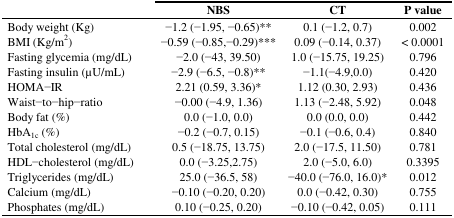
<table><thead><tr><td></td><td><b>NBS</b></td><td><b>CT</b></td><td><b>P value</b></td></tr></thead><tbody><tr><td>Body weight (Kg)</td><td>−1.2 (−1.95, −0.65)**</td><td>0.1 (−1.2, 0.7)</td><td>0.002</td></tr><tr><td>BMI (Kg/m<sup>2</sup>)</td><td>−0.59 (−0.85, −0.29)***</td><td>0.09 (−0.14, 0.37)</td><td>&lt; 0.0001</td></tr><tr><td>Fasting glycemia (mg/dL)</td><td>−2.0 (−43, 39.50)</td><td>1.0 (−15.75, 19.25)</td><td>0.796</td></tr><tr><td>Fasting insulin (μU/mL)</td><td>−2.9 (−6.5, −0.8)**</td><td>−1.1 (−4.9,0.0)</td><td>0.420</td></tr><tr><td>HOMA−IR</td><td>2.21 (0.59, 3.36)*</td><td>1.12 (0.30, 2.93)</td><td>0.436</td></tr><tr><td>Waist−to−hip−ratio</td><td>−0.00 (−4.9, 1.36)</td><td>1.13 (−2.48, 5.92)</td><td>0.048</td></tr><tr><td>Body fat (%)</td><td>0.0 (−1.0, 0.0)</td><td>0.0 (0.0, 0.0)</td><td>0.442</td></tr><tr><td>HbA<sub>1c</sub> (%)</td><td>−0.2 (−0.7, 0.15)</td><td>−0.1 (−0.6, 0.4)</td><td>0.840</td></tr><tr><td>Total cholesterol (mg/dL)</td><td>0.5 (−18.75, 13.75)</td><td>2.0 (−17.5, 11.50)</td><td>0.781</td></tr><tr><td>HDL−cholesterol (mg/dL)</td><td>0.0 (−3.25,2.75)</td><td>2.0 (−5.0, 6.0)</td><td>0.3395</td></tr><tr><td>Triglycerides (mg/dL)</td><td>25.0 (−36.5, 58)</td><td>−40.0 (−76.0, 16.0)*</td><td>0.012</td></tr><tr><td>Calcium (mg/dL)</td><td>−0.10 (−0.20, 0.20)</td><td>0.0 (−0.42, 0.30)</td><td>0.755</td></tr><tr><td>Phosphates (mg/dL)</td><td>0.10 (−0.25, 0.20)</td><td>−0.10 (−0.42, 0.05)</td><td>0.111</td></tr></tbody></table>